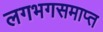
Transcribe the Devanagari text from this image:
लगभगसमाप्त